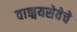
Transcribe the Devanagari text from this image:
वाङ्मयसेवेचे